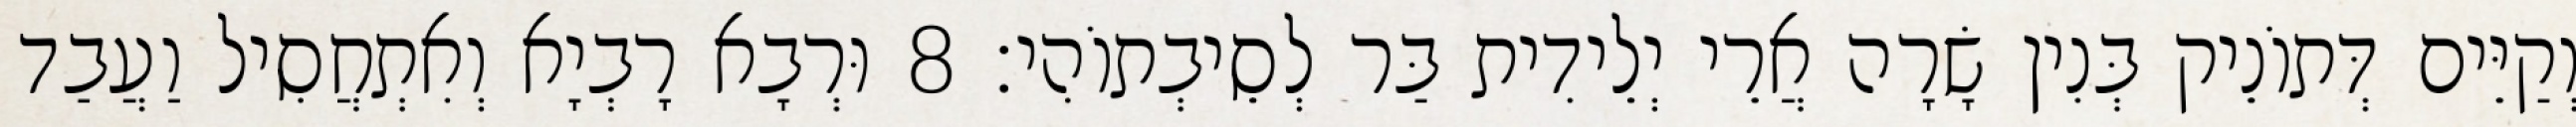
וְקַיֵּים דְּתוֹנֵיק בְּנִין שָׂרָה אֲרֵי יְלֵידִית בַּר לְסֵיבְתוֹהִי׃ 8 וּרְבָא רָבְיָא וְאִתְחֲסִיל וַעֲבַד